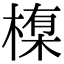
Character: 𪳊